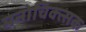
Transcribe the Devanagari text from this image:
मनोचिक्त्सक